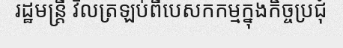
រដ្ឋមន្ត្រី វិលត្រឡប់ពីបេសកកម្មក្នុងកិច្ចប្រជុំ